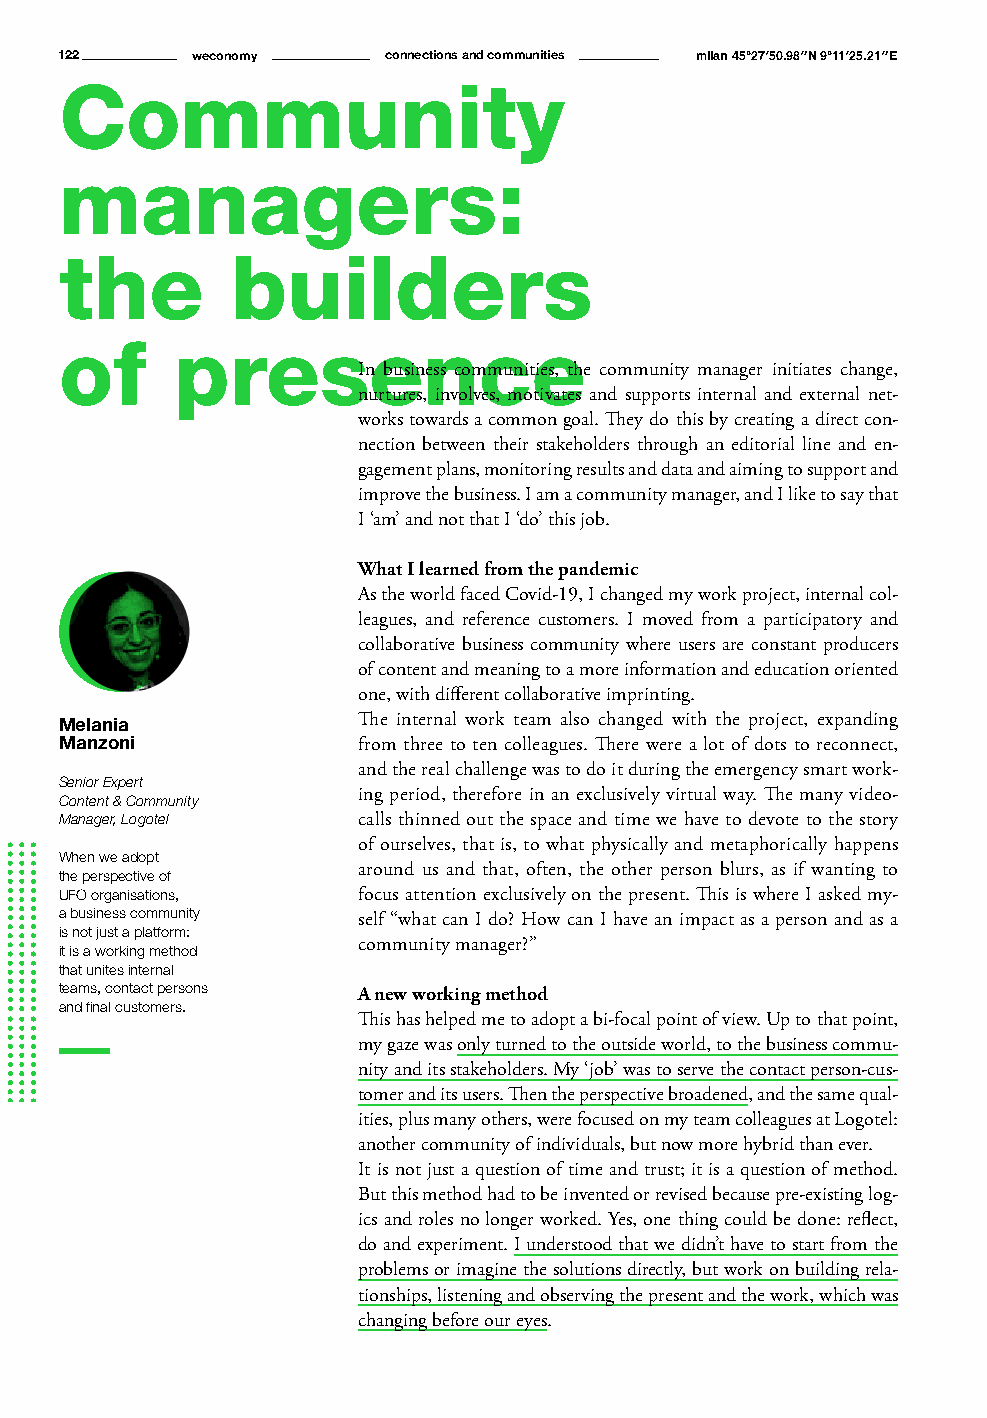
122      weconomy    connections and communities milan 45°27′50.98″N 9°11′25.21″E
 Community
 managers:
 the        builders
 of      presence
 In business communities, the community manager initiates change,
 nurtures, involves, motivates and supports internal and external net-
 works towards a common goal. They do this by creating a direct con-
 nection between their stakeholders through an editorial line and en-
 gagement plans, monitoring results and data and aiming to support and
 improve the business. I am a community manager, and I like to say that
 I ‘am’ and not that I ‘do’ this job.
 What I learned from the pandemic
 As the world faced Covid-19, I changed my work project, internal col-
 leagues, and reference customers. I moved from a participatory and
 collaborative business community where users are constant producers
 of content and meaning to a more information and education oriented
 one, with different collaborative imprinting.
 Melania             The internal work team also changed with the project, expanding
 Manzoni             from three to ten colleagues. There were a lot of dots to reconnect,
 and the real challenge was to do it during the emergency smart work-
 Senior Expert
 ing period, therefore in an exclusively virtual way. The many video-
 Content & Community
 Manager, Logotel    calls thinned out the space and time we have to devote to the story
 of ourselves, that is, to what physically and metaphorically happens
 When we adopt
 around us and that, often, the other person blurs, as if wanting to
 the perspective of
 UFO organisations,  focus attention exclusively on the present. This is where I asked my-
 a business community self “what can I do? How can I have an impact as a person and as a
 is not just a platform:
 community manager?”
 it is a working method
 that unites internal
 teams, contact persons A new working method
 and final customers.
 This has helped me to adopt a bi-focal point of view. Up to that point,
 my gaze was only turned to the outside world, to the business commu-
 nity and its stakeholders. My ‘job’ was to serve the contact person-cus-
 tomer and its users. Then the perspective broadened, and the same qual-
 ities, plus many others, were focused on my team colleagues at Logotel:
 another community of individuals, but now more hybrid than ever.
 It is not just a question of time and trust; it is a question of method.
 But this method had to be invented or revised because pre-existing log-
 ics and roles no longer worked. Yes, one thing could be done: reflect,
 do and experiment. I understood that we didn’t have to start from the
 problems or imagine the solutions directly, but work on building rela-
 tionships, listening and observing the present and the work, which was
 changing before our eyes.